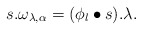
\begin{align*}s.\omega_{\lambda,\alpha}=(\phi_l\bullet s).\lambda.\end{align*}